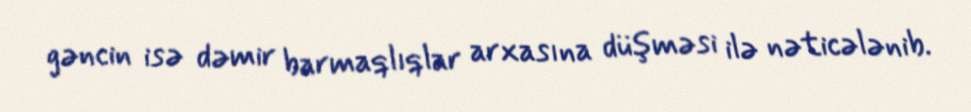
gəncin isə dəmir barmaqlıqlar arxasına düşməsi ilə nəticələnib.